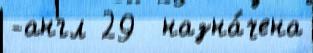
-англ 29  назна́чена